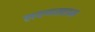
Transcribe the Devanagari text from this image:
लवणखडक